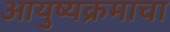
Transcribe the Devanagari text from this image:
आयुष्यक्रमाचा